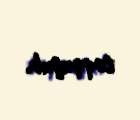
toqquşub.